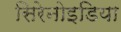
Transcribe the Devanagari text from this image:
सिरेनोइडिया